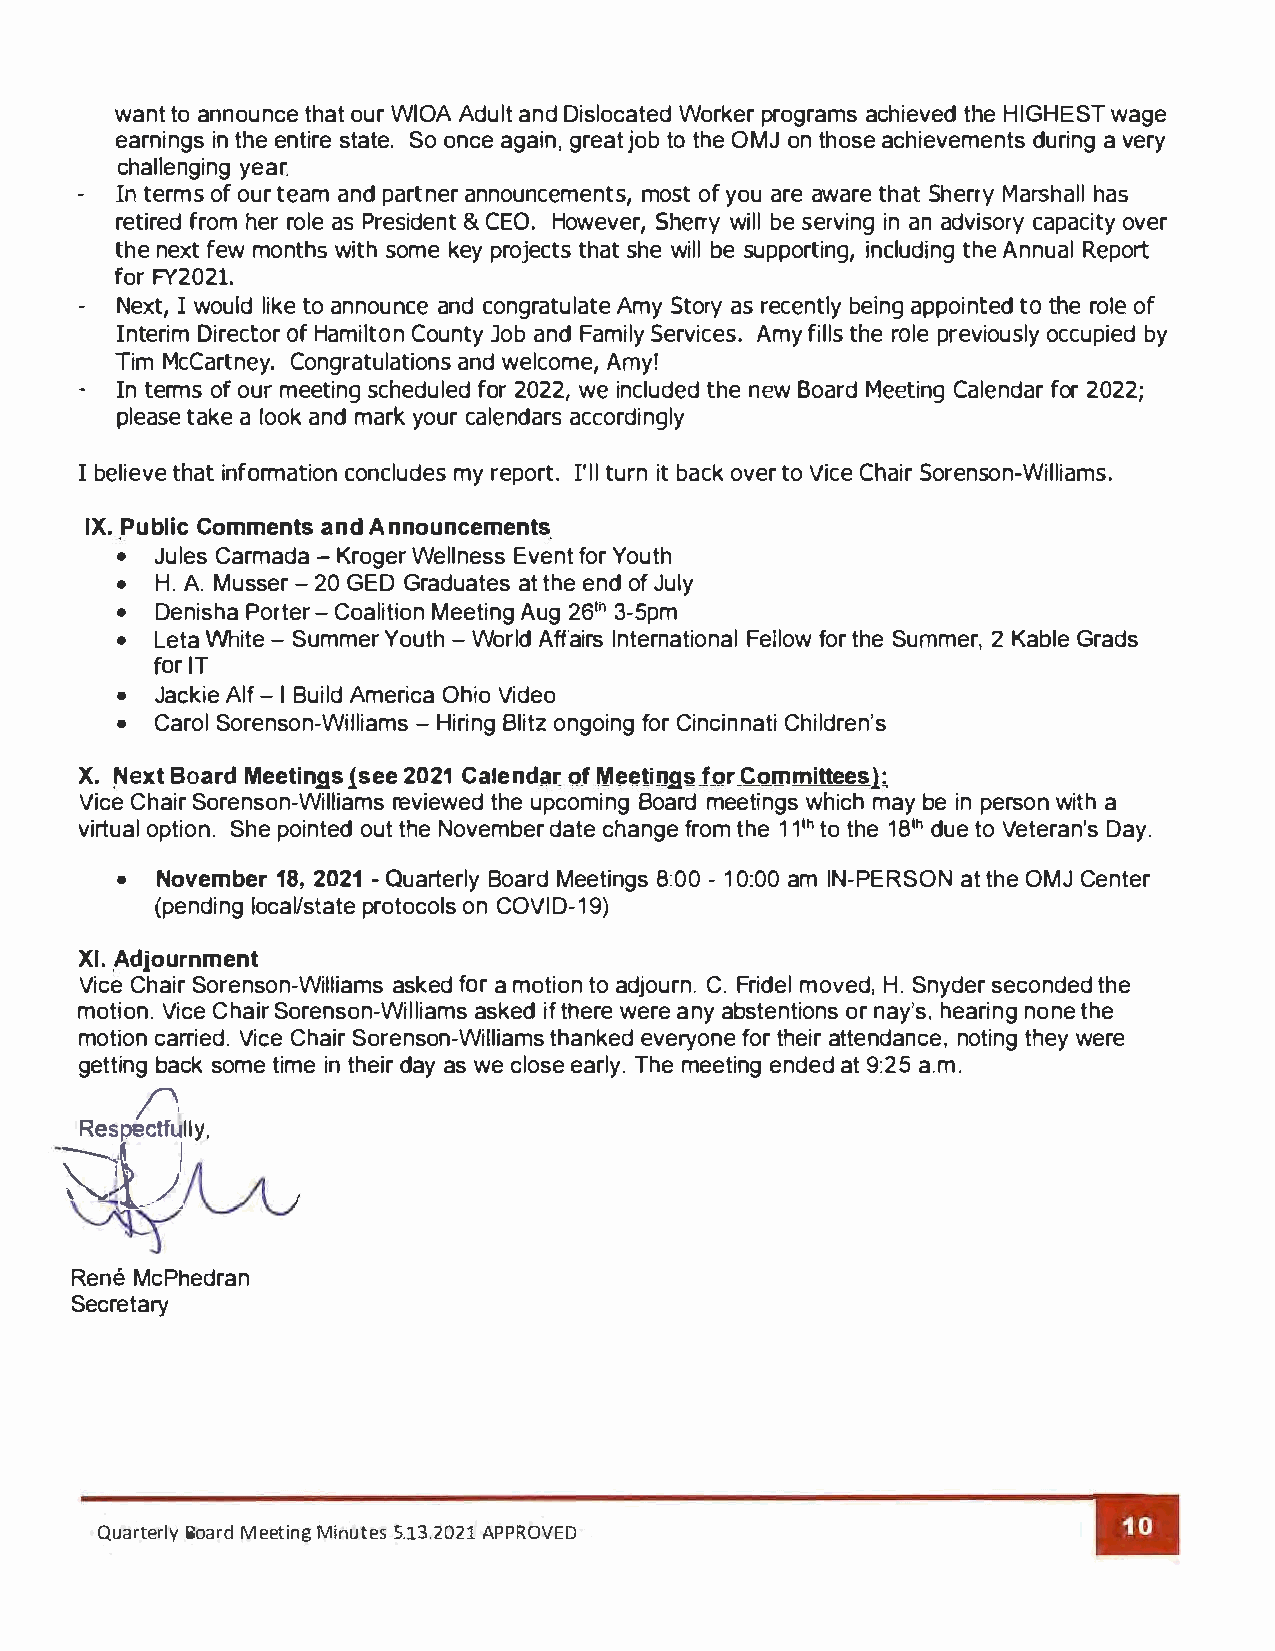
want to announce that our WIOA Adult and Dislocated Worker programs achieved the HIGHEST wage
 earnings in the entire state. So once again, great job toth e OMJ on those achievements during a very
 challenging year.
 -  In terms of our team and partner announcements, most of you are aware that Sherry Marshall has
 retired from her role as President & CEO. However, Sherry will be serving in an advisory capacity over
 the next few months with some key projects that she will be supporting, including the Annual Report
 for FY2021.
 -  Next, I would like to announce and congratulate Amy Story as recently belng appointed to the role of
 Interim Director of Hamilton County Job and Family Services. Amy fills the role previously occupied by
 Tim McCartney. Congratulations and welcome, Amy!
 -  In terms of our meeting scheduled for 202w2e in,cl uded the new Board Meeting Calendar for 2022;
 please take a look and mark your calendars accordingly
 I believe that information concludes my report. I'll turn it back over to Vice Chair Sorenson-Williams.
 IX. Public Comments and Announcements
 • Jules Carmada -Kroger Wellness Event for Youth
 • H. A Musser -20GE D Graduates at the end of July
 • Denisha Porter -Coalition Meeting Aug 2t6h3 -Spm
 • Leta White -Summer Youth -World Affairs International Fellow for the Summer, 2 Kable Grads
 for IT
 • Jackie Alf-I Build America Ohio Video
 • Carol Sorenson-Williams -Hiring Blitz ongoing for Cincinnati Children's
 X. Next Board Meetings (see 2021 Calendar of Meetings for Committees):
 Vice Chair Sorenson-Williams reviewed the upcoming Board meetings which may be in person with a
 virtual option. She pointed out the November date change from the 11thto the 18thd ue to Veteran's Day.
 • November 18, 2021 -Quarterly Board Meetings 8:00 - 10:00 am IN-PERSON at the OMJ Center
 (pending local/state protocols on COVID-19)
 XI. Adjournment
 Vice Chair Sorenson-Williams asked for a motion to adjourn. C. Fridel moved, H. Snyder seconded the
 motion. Vice Chair Sorenson-Williams asked if there were any abstentions or nay's, hearing none the
 motion carried. Vice Chair Sorenson-Williams thanked everyone for their attendance, noting they were
 getting back some time in their day as we close early. The meeting ended at 9:25 a.m.
 ;�lJly,
 Rene McPhedran
 Secretary
 Quarterly Board Meeting Minutes 5.13.2021 APPROVED